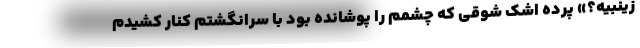
زینبیه؟» پرده اشک شوقی که چشمم را پوشانده بود با سرانگشتم کنار کشیدم